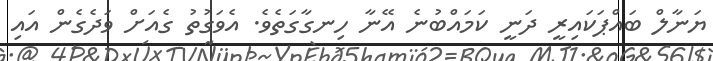
ޔަނާލް ބައްޕަކައިރީ ދަނީ ކަމައްބުނެ އޭނާ ހިނގާގަތެވެ. އެވަގުތު ގެއަށް ވަދެގެން އައި